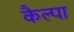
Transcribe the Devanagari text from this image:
कैल्पा